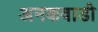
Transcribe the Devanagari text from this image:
अनकवाडी